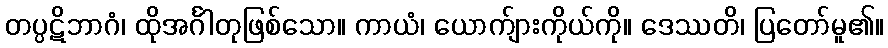
တပ္ပဋိဘာဂံ၊ ထိုအင်္ဂါတုဖြစ်သော။ ကာယံ၊ ယောက်ျားကိုယ်ကို။ ဒေဿတိ၊ ပြတော်မူ၏။